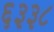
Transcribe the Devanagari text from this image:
६३३८